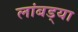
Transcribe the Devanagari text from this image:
लांबड्या